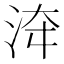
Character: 𣴰